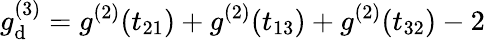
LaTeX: g_{\mathrm{d}}^{(3)}=g^{(2)}(t_{21})+g^{(2)}(t_{13})+g^{(2)}(t_{32})-2